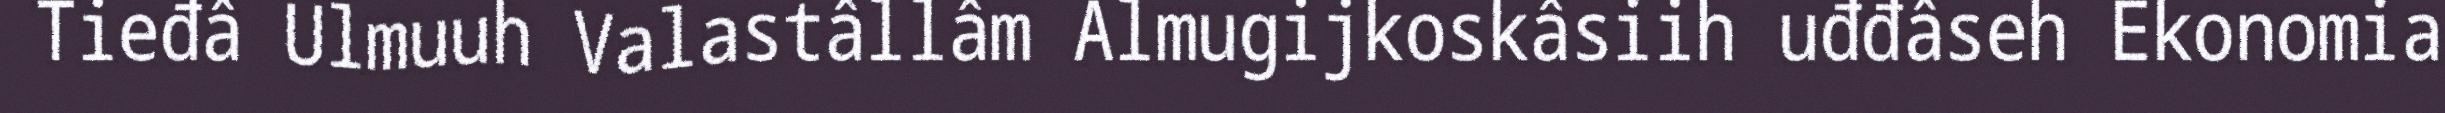
Tieđâ Ulmuuh Valastâllâm Almugijkoskâsiih uđđâseh Ekonomia